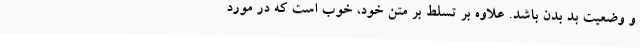
و وضعیت بد بدن باشد. علاوه بر تسلط بر متن خود، خوب است که در مورد